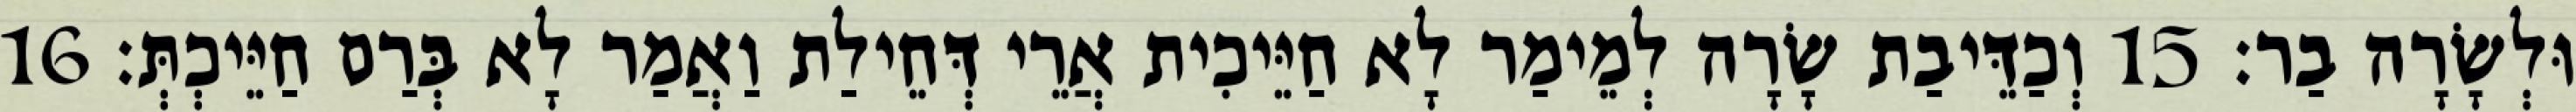
וּלְשָׂרָה בַר׃ 15 וְכַדֵּיבַת שָׂרָה לְמֵימַר לָא חַיֵּיכִית אֲרֵי דְּחֵילַת וַאֲמַר לָא בְּרַם חַיֵּיכְתְּ׃ 16